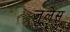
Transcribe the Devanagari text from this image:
जूलेस